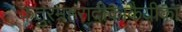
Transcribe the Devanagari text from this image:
कतुरमहरादीकाकैयीका